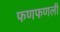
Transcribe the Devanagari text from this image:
फणफणली